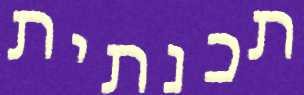
תכנתית